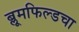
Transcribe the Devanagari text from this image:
ब्लूमफिल्डचा